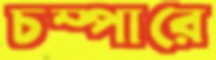
চম্পারে